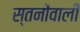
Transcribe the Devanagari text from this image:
स्तनोंवाली